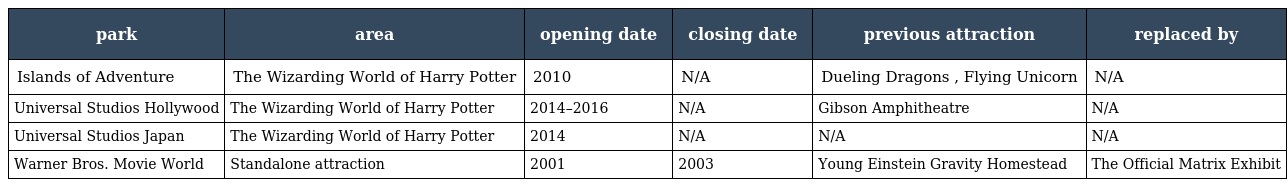
| park | area | opening date | closing date | previous attraction | replaced by |
 | --- | --- | --- | --- | --- | --- |
 | Islands of Adventure | The Wizarding World of Harry Potter | 2010 | N/A | Dueling Dragons , Flying Unicorn | N/A |
 | Universal Studios Hollywood | The Wizarding World of Harry Potter | 2014–2016 | N/A | Gibson Amphitheatre | N/A |
 | Universal Studios Japan | The Wizarding World of Harry Potter | 2014 | N/A | N/A | N/A |
 | Warner Bros. Movie World | Standalone attraction | 2001 | 2003 | Young Einstein Gravity Homestead | The Official Matrix Exhibit |